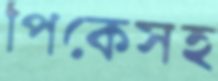
পিকেসহ